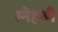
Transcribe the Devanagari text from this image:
स्नेहश्री